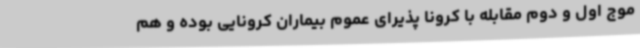
موج اول و دوم مقابله با کرونا پذیرای عموم بیماران کرونایی بوده و هم